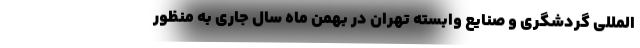
المللی گردشگری و صنایع وابسته تهران در بهمن ماه سال جاری به‌ منظور